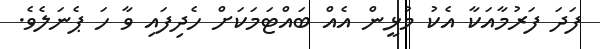
ފަދަ ފަރުމާއަކާ އެކު މުޅީން އެއް ބައްޓަމަކަށް ހެދިފައި ވާ ހަ ޕެނަލެވެ.